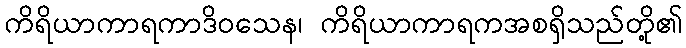
ကိရိယာကာရကာဒိဝသေန၊ ကိရိယာကာရကအစရှိသည်တို့၏